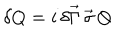
\delta Q = i \, \delta \vec { \Gamma } \, \vec { \sigma } \, Q